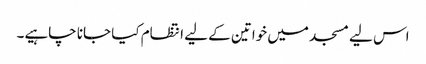
اس لیے مسجد میں خواتین کے لیے انتظام کیا جانا چاہیے۔